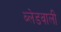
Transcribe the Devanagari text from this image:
ब्लेडवाली